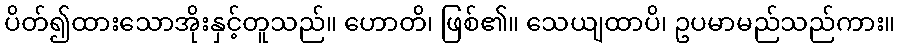
ပိတ်၍ထားသောအိုးနှင့်တူသည်။ ဟောတိ၊ ဖြစ်၏။ သေယျထာပိ၊ ဥပမာမည်သည်ကား။